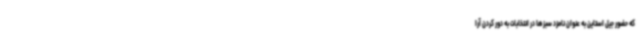
که حضور جیل استاین به عنوان نامزد سبزها در انتخابات به دور کردن آرا